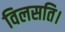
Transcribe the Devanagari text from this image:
विलसति।